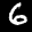
Label: 6